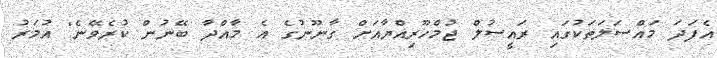
އެފަދަ މައްސަލަތަކުގައި ރައީސުލް ޖުމްހޫރިއްޔާއަށް ގާނޫނުގެ އެ މާއްދާ ބޭނުން ކުރެވޭނެ" އުމަރު